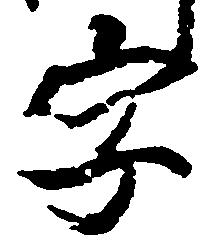
字